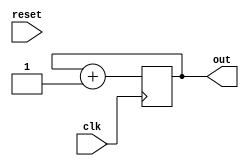
module top    (
out,
clk,
reset
);
    output [7:0] out;
    input clk, reset;
    reg [7:0] out;

	initial out <= 0 ;


    always @(posedge clk)
			out <= out + 1;


endmodule